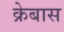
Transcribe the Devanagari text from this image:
क्रेबास